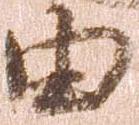
由